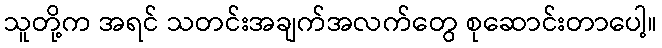
သူတို့က အရင် သတင်းအချက်အလက်တွေ စုဆောင်းတာပေါ့။